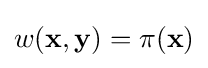
w(\mathbf {x} ,\mathbf {y} )=\pi (\mathbf {x} )